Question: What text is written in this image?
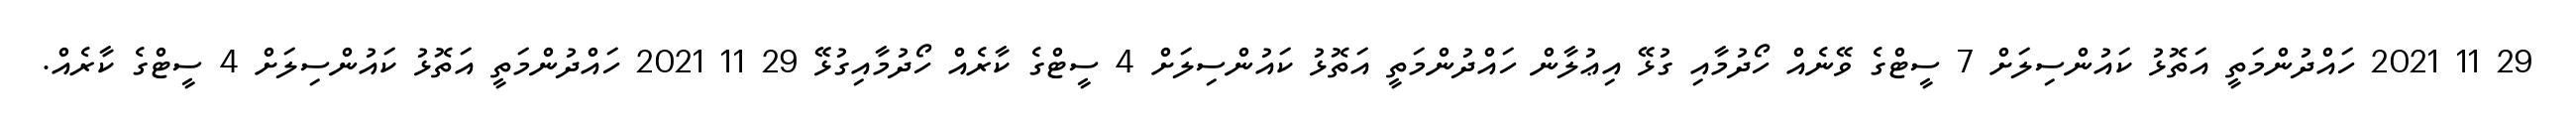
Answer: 29 11 2021 ހައްދުންމަތީ އަތޮޅު ކައުންސިލަށް 7 ސީޓްގެ ވޭނެއް ހޯދުމާއި ގުޅޭ އިޢުލާން ހައްދުންމަތީ އަތޮޅު ކައުންސިލަށް 4 ސީޓްގެ ކާރެއް ހޯދުމާއިގުޅޭ 29 11 2021 ހައްދުންމަތީ އަތޮޅު ކައުންސިލަށް 4 ސީޓްގެ ކާރެއް.